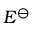
\textstyle E ^ { \ominus }